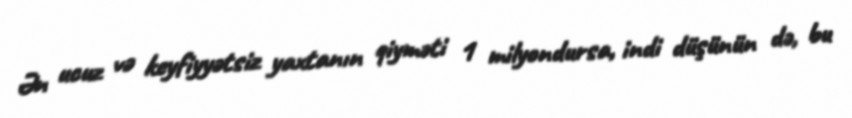
Ən ucuz və keyfiyyətsiz yaxtanın qiyməti 1 milyondursa, indi düşünün də, bu